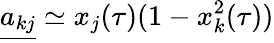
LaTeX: \underline{{{a}_{kj}}}\simeq x_{j}(\tau)(1-x_{k}^{2}(\tau))